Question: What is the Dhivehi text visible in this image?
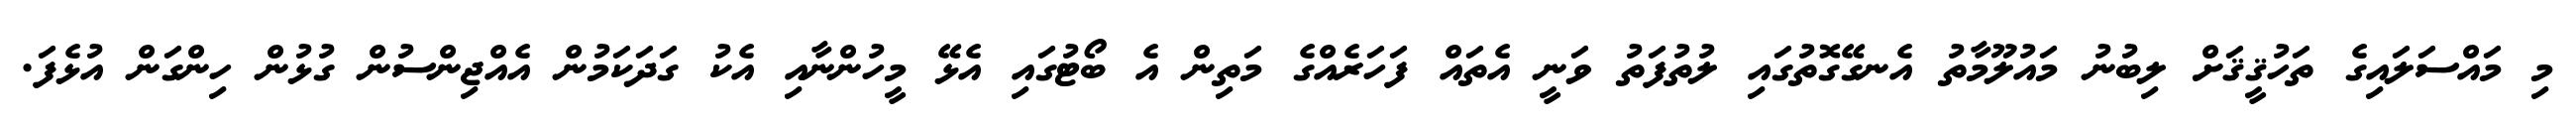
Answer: މި މައްސަލައިގެ ތަހުޤީޤަށް ލިބުނު މައުލޫމާތު އެނގޭގޮތުގައި ލުތުފަތު ވަނީ އެތައް ފަހަރެއްގެ މަތިން އެ ބޯޓުގައި އެޅޭ މީހުންނާއި އެކު ގަދަކަމުން އެއްޖިންސުން ގުޅުން ހިންގަން އުޅެފަ.